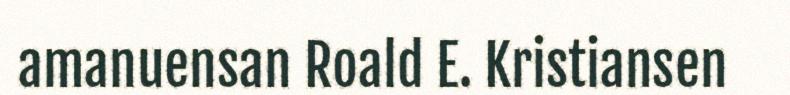
amanuensan Roald E. Kristiansen